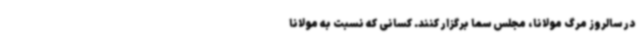
در سالروز مرگ مولانا، مجلس سما برگزار کنند. کسانی که نسبت به مولانا